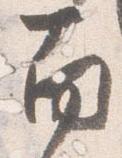
南